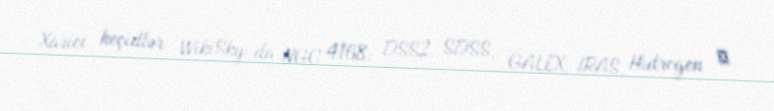
Xarici keçidlər WikiSky-da NGC 4168: DSS2, SDSS, GALEX, IRAS, Hidrogen α,